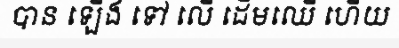
បាន ឡើង ទៅ លើ ដើមឈើ ហើយ